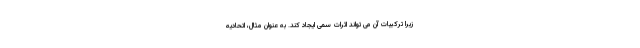
زیرا ترکیبات آن می تواند اثرات سمی ایجاد کند. به عنوان مثال، اتحادیه